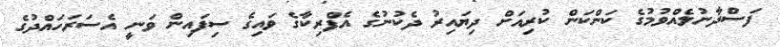
ފަސްދާނުލެއްވުމުގެ ކަންކަން ކުރިއަށް ދިޔައިރު ދެކުނުގެ އެފްރިކާގެ ވައިގެ ސިފައިން ވަނީ އެސަރަހައްދުގެ